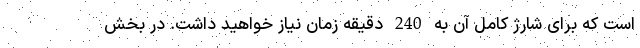
است که برای شارژ کامل آن به 240 دقیقه زمان نیاز خواهید داشت. در بخش